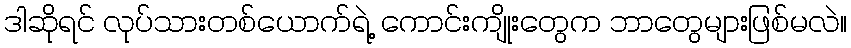
ဒါဆိုရင် လုပ်သားတစ်ယောက်ရဲ့ ကောင်းကျိုးတွေက ဘာတွေများဖြစ်မလဲ။